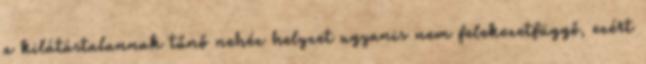
a kilátástalannak tűnő nehéz helyzet ugyanis nem felekezetfüggő, ezért